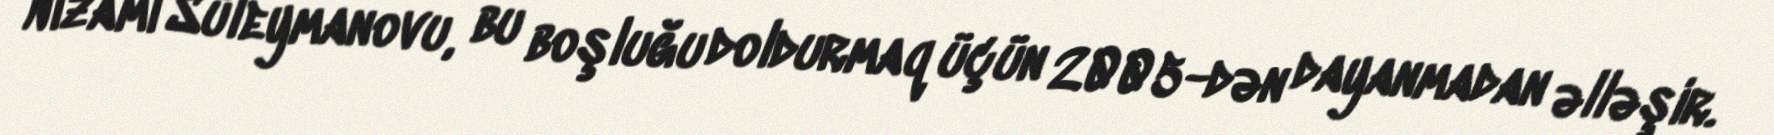
Nizami Süleymanovu, bu boşluğu doldurmaq üçün 2005-dən dayanmadan əlləşir.